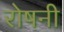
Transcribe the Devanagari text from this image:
रोषनी